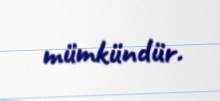
mümkündür.